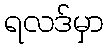
ရလဒ်မှာ